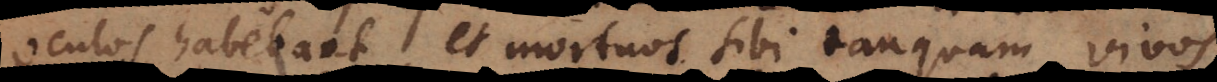
oculos habebant, et mortuos sibi tanquam vivos